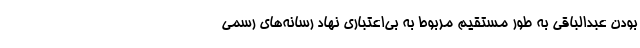
بودن عبدالباقی به طور مستقیم مربوط به بی‌اعتباری نهاد رسانه‌های رسمی